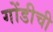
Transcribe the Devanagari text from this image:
गोंडीची